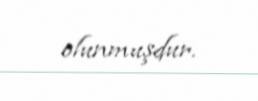
olunmuşdur.